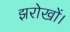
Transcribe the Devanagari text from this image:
झरोखों।